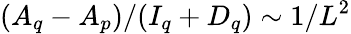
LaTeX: (A_{q}-A_{p})/(I_{q}+D_{q})\sim 1/L^{2}